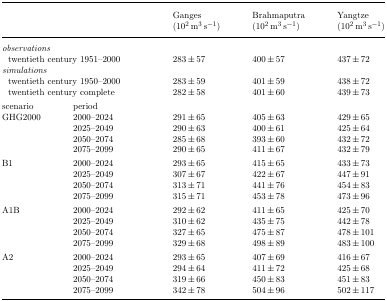
<table><thead><tr><td></td><td></td><td><b>Ganges</b></td><td><b>Brahmaputra</b></td><td><b>Yangtze</b></td></tr><tr><td></td><td></td><td><b>(10<sup>2</sup> m<sup>3</sup> s<sup>−1</sup>)</b></td><td><b>(10<sup>2</sup> m<sup>3</sup> s<sup>−1</sup>)</b></td><td><b>(10<sup>2</sup> m<sup>3</sup> s<sup>−1</sup>)</b></td></tr></thead><tbody><tr><td colspan="2"><i>observations</i></td><td></td><td></td><td></td></tr><tr><td colspan="2">twentieth century 1951–2000</td><td>283 ± 57</td><td>400 ± 57</td><td>437 ± 72</td></tr><tr><td colspan="2"><i>simulations</i></td><td></td><td></td><td></td></tr><tr><td colspan="2">twentieth century 1950–2000</td><td>283 ± 59</td><td>401 ± 59</td><td>438 ± 72</td></tr><tr><td colspan="2">twentieth century complete</td><td>282 ± 58</td><td>401 ± 60</td><td>439 ± 73</td></tr><tr><td>scenario</td><td>period</td><td></td><td></td><td></td></tr><tr><td>GHG2000</td><td>2000–2024</td><td>291 ± 65</td><td>405 ± 63</td><td>429 ± 65</td></tr><tr><td></td><td>2025–2049</td><td>290 ± 63</td><td>400 ± 61</td><td>425 ± 64</td></tr><tr><td></td><td>2050–2074</td><td>285 ± 68</td><td>393 ± 60</td><td>432 ± 72</td></tr><tr><td></td><td>2075–2099</td><td>290 ± 65</td><td>411 ± 67</td><td>432 ± 79</td></tr><tr><td>B1</td><td>2000–2024</td><td>293 ± 65</td><td>415 ± 65</td><td>433 ± 73</td></tr><tr><td></td><td>2025–2049</td><td>307 ± 67</td><td>422 ± 67</td><td>447 ± 91</td></tr><tr><td></td><td>2050–2074</td><td>313 ± 71</td><td>441 ± 76</td><td>454 ± 83</td></tr><tr><td></td><td>2075–2099</td><td>315 ± 71</td><td>453 ± 78</td><td>473 ± 96</td></tr><tr><td>A1B</td><td>2000–2024</td><td>292 ± 62</td><td>411 ± 65</td><td>425 ± 70</td></tr><tr><td></td><td>2025–2049</td><td>310 ± 62</td><td>435 ± 75</td><td>442 ± 78</td></tr><tr><td></td><td>2050–2074</td><td>327 ± 65</td><td>475 ± 87</td><td>478 ± 101</td></tr><tr><td></td><td>2075–2099</td><td>329 ± 68</td><td>498 ± 89</td><td>483 ± 100</td></tr><tr><td>A2</td><td>2000–2024</td><td>293 ± 65</td><td>407 ± 69</td><td>416 ± 67</td></tr><tr><td></td><td>2025–2049</td><td>294 ± 64</td><td>411 ± 72</td><td>425 ± 68</td></tr><tr><td></td><td>2050–2074</td><td>319 ± 66</td><td>450 ± 83</td><td>451 ± 83</td></tr><tr><td></td><td>2075–2099</td><td>342 ± 78</td><td>504 ± 96</td><td>502 ± 117</td></tr></tbody></table>